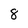
Character: 8